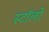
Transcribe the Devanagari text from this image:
स्टॉलों